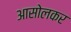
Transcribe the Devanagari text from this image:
आसोलकर